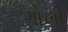
ગોખી